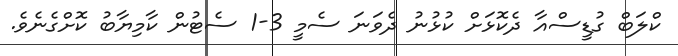
ކްލަބް ގުޑީސްއާ ދެކޮޅަށް ކުޅުނު ދެވަނަ ސެމީ 3-1 ސެޓުން ކާމިޔާބު ކޮށްގެނެވެ.